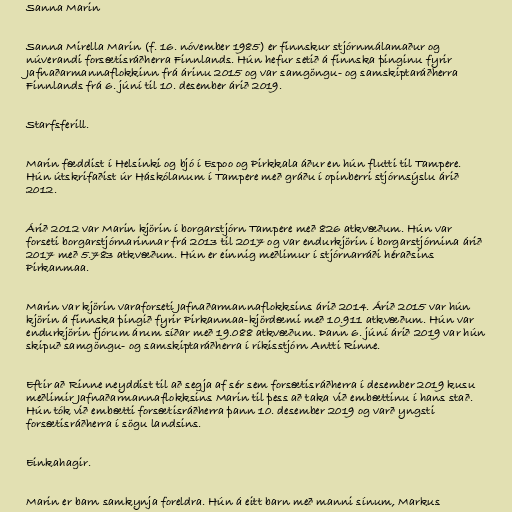
Sanna Marin

Sanna Mirella Marin (f. 16. nóvember 1985) er finnskur stjórnmálamaður og
núverandi forsætisráðherra Finnlands. Hún hefur setið á finnska þinginu fyrir
Jafnaðarmannaflokkinn frá árinu 2015 og var samgöngu- og samskiptaráðherra
Finnlands frá 6. júní til 10. desember árið 2019.

Starfsferill.

Marin fæddist í Helsinki og bjó í Espoo og Pirkkala áður en hún flutti til Tampere.
Hún útskrifaðist úr Háskólanum í Tampere með gráðu í opinberri stjórnsýslu árið
2012.

Árið 2012 var Marin kjörin í borgarstjórn Tampere með 826 atkvæðum. Hún var
forseti borgarstjórnarinnar frá 2013 til 2017 og var endurkjörin í borgarstjórnina árið
2017 með 5.783 atkvæðum. Hún er einnig meðlimur í stjórnarráði héraðsins
Pirkanmaa.

Marin var kjörin varaforseti Jafnaðarmannaflokksins árið 2014. Árið 2015 var hún
kjörin á finnska þingið fyrir Pirkanmaa-kjördæmi með 10.911 atkvæðum. Hún var
endurkjörin fjórum árum síðar með 19.088 atkvæðum. Þann 6. júní árið 2019 var hún
skipuð samgöngu- og samskiptaráðherra í ríkisstjórn Antti Rinne.

Eftir að Rinne neyddist til að segja af sér sem forsætisráðherra í desember 2019 kusu
meðlimir Jafnaðarmannaflokksins Marin til þess að taka við embættinu í hans stað.
Hún tók við embætti forsætisráðherra þann 10. desember 2019 og varð yngsti
forsætisráðherra í sögu landsins.

Einkahagir.

Marin er barn samkynja foreldra. Hún á eitt barn með manni sínum, Markus